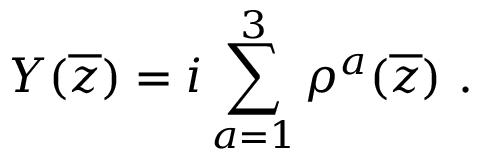
Y ( \overline { { { z } } } ) = i \sum _ { a = 1 } ^ { 3 } \rho ^ { a } ( \overline { { { z } } } ) ~ .